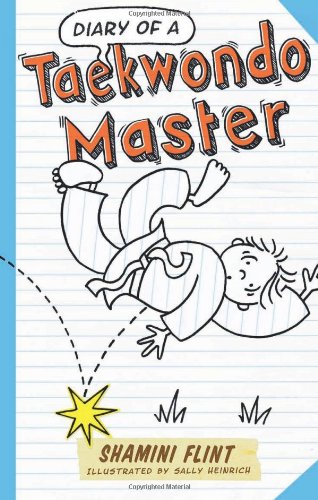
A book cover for Diary of a Taekwondo Master; Shamini Flint; Children's Books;